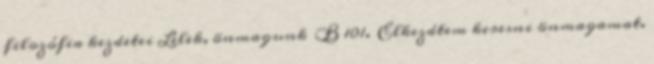
filozófia kezdetei Lélek, önmagunk B 101. Elkezdtem keresni önmagamat.